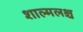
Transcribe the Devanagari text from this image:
शाल्मलश्च